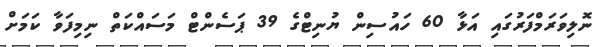
ނޮލިވަރަމްފަރުގައި އަޅާ 60 ހައުސިން ޔުނިޓްގެ 39 ޕަސެންޓް މަސައްކަތް ނިމިފަވާ ކަމަށް